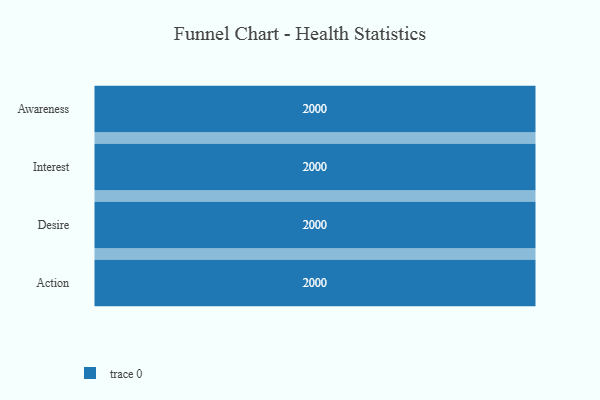
{"axis": {"x": "Stage", "y": "Value"}, "legend": [""], "data": [{"x": "Awareness", "y": 2000, "type": ""}, {"x": "Interest", "y": 2000, "type": ""}, {"x": "Desire", "y": 2000, "type": ""}, {"x": "Action", "y": 2000, "type": ""}]}